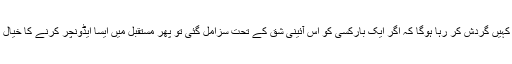
یہ خیال بھی یقیناً کہیں نہ کہیں گردش کر رہا ہوگا کہ اگر ایک بارکسی کو اس آئینی شق کے تحت سزامل گئی تو پھر مستقبل میں ایسا ایڈونچر کرنے کا خیال بھی کسی کو نہیں آئے گا۔